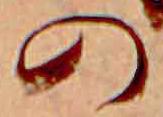
の